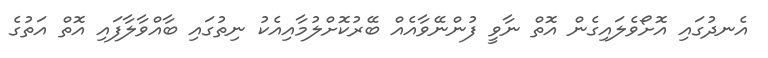
އެނދުގައި އޮށޯވެލައިގެން އޮތް ނާވީ ފުންނޭވާއެއް ބޭރުކޮށްލުމާއިއެކު ނިތުގައި ބާއްވާލާފައި އޮތް އަތުގެ